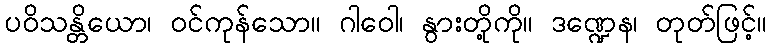
ပဝိသန္တိယော၊ ဝင်ကုန်သော။ ဂါဝေါ၊ နွားတို့ကို။ ဒဏ္ဍေန၊ တုတ်ဖြင့်။